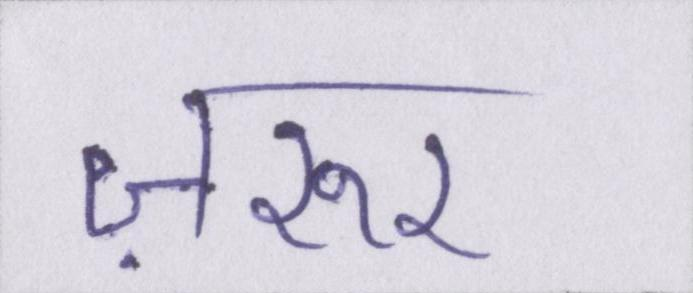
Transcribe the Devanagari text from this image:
ज़रूर